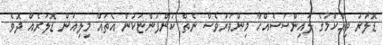
ޑޮލަރު ވިއްކުމުގެ ލައިންސަސެއްހާ މިންވަރުވެސް ނެތް ކުންފުންޏަކުން އެތައް މިލިއަން ޑޮލަރެއް ދޮވެ